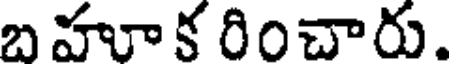
బ హూ క రించారు.